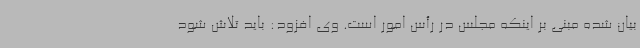
بیان شده مبنی بر اینکه مجلس در رأس امور است. وی افزود: باید تلاش شود